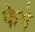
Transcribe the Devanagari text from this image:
फेमे